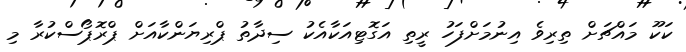
ކަކޫ މައްޗަށް ތިރިވެ އިނުމަށްފަހު ރީތި އަގޮޓިއަކާއެކު ސިދާތު ޕްރިޔަންކާއަށް ޕްރޮޕޯސްކުރާ މި